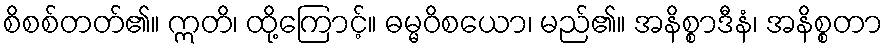
စိစစ်တတ်၏။ ဣတိ၊ ထို့ကြောင့်။ ဓမ္မဝိစယော၊ မည်၏။ အနိစ္စာဒီနံ၊ အနိစ္စတာ